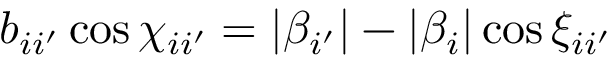
b _ { i i ^ { \prime } } \cos \chi _ { i i ^ { \prime } } = | \beta _ { i ^ { \prime } } | - | \beta _ { i } | \cos \xi _ { i i ^ { \prime } }